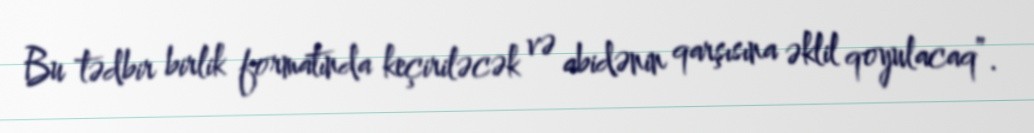
Bu tədbir birlik formatında keçiriləcək və abidənin qarşısına əklil qoyulacaq”.